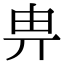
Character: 畁